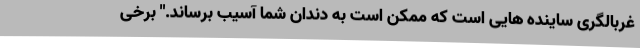
غربالگری ساینده هایی است که ممکن است به دندان شما آسیب برساند." برخی